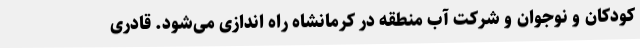
کودکان و نوجوان و شرکت آب منطقه در کرمانشاه راه اندازی می‌شود. قادری